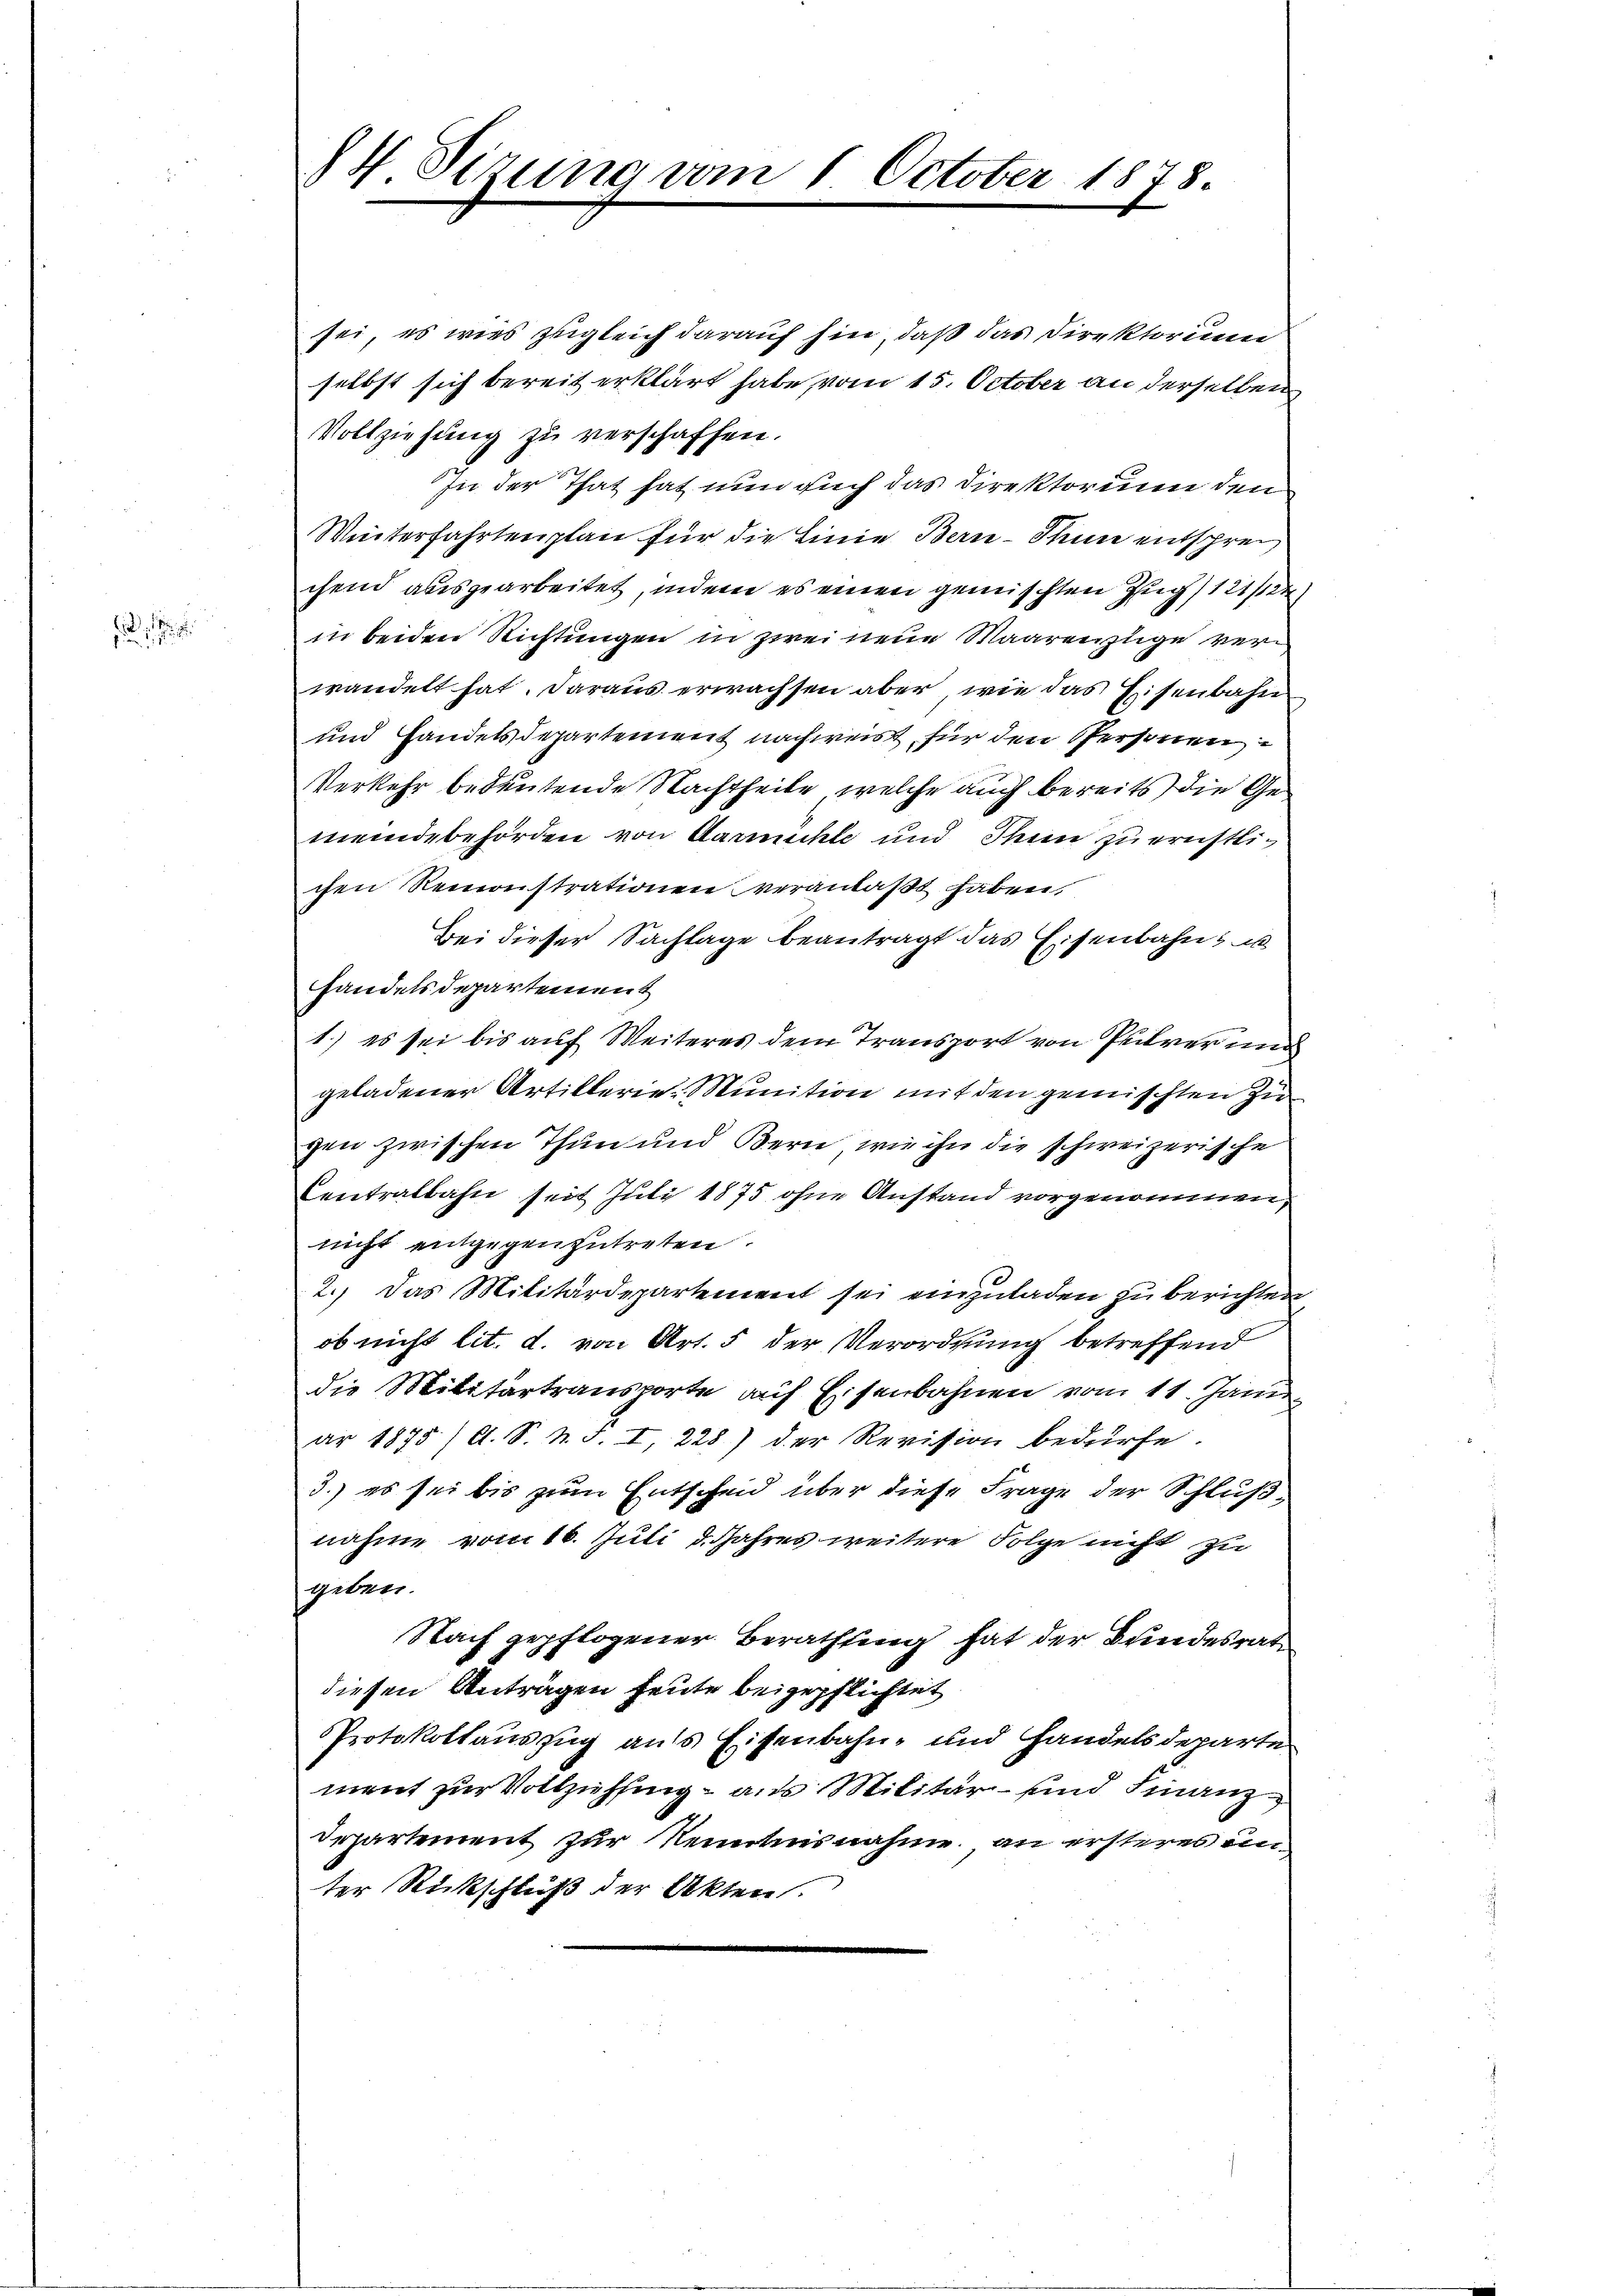
14. Sezung vom 1. October 1878.

sei, es wies zugleich darauf hin, daß das Direktorium
selbst sich bereit erklärt habe, vom 15. October an derselben
Vollziehung zu verschaffen.
In der That hat nun auch das Direktorium den
Winterfahrtenplan für die Linie Bern - Thun entsprec
chend ausgearbeitet, indem es einen gemischten Zug 121/22
in beiden Richtungen in zwei neue Maarenzeige verwandelt hat. Daraus erwachsen aber, wie das Eisenbahn
und Handelsdepartement nachweist für den Personen
Verkehr bedeutende Nachtheile, welche auch bereits die Gemeindebehörden von Aarmühle und Thun zu ernstlichen Remonstrationen veranlaßt haben,
Bei dieser Sachlage beantragt das Eisenbahn, u
handels Departement
1.) Es sei bis auf Weiteres dem Transport von Pulver und
geladener Artillerie Munition mit den gemischten zugen zwischen Thun und Bern, wie ihn die schweizerische
Centralbahn seit Juli 1875 ohne Anstand vorgenommen,
nicht entgegenzutreten.
2.) Das Militärdepartement sei einzuladen zu berichten
ob nicht lit. d. von Art. 5 der Verordnung betreffend
die Militärtransporte auf Eisenbahnen vom 11. Janu
ar 1875 (lt. S. N. S. I, 228) der Revision bedürfe.
3.) es sei bis zum Entscheid über diese Frage der Schlußnahme vom 16. Juli d. Jahres weitere Folge nicht zu
geben.
Nach gepflogener Berathung hat der Bundesrat
diesen Anträgen heute beigepflichtet
Protokollauszug aufs Eisenbahn- und Handelsdeparte
ment zur Vollziehung – aus Militär- und Finanz
Departement zur Kenntnisnahme an ersteres unter Rückschluß der Akten.